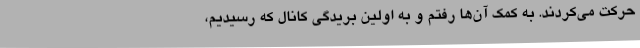
حرکت می‌کردند. به کمک آن‌ها رفتم و به اولین بریدگی کانال که رسیدیم،